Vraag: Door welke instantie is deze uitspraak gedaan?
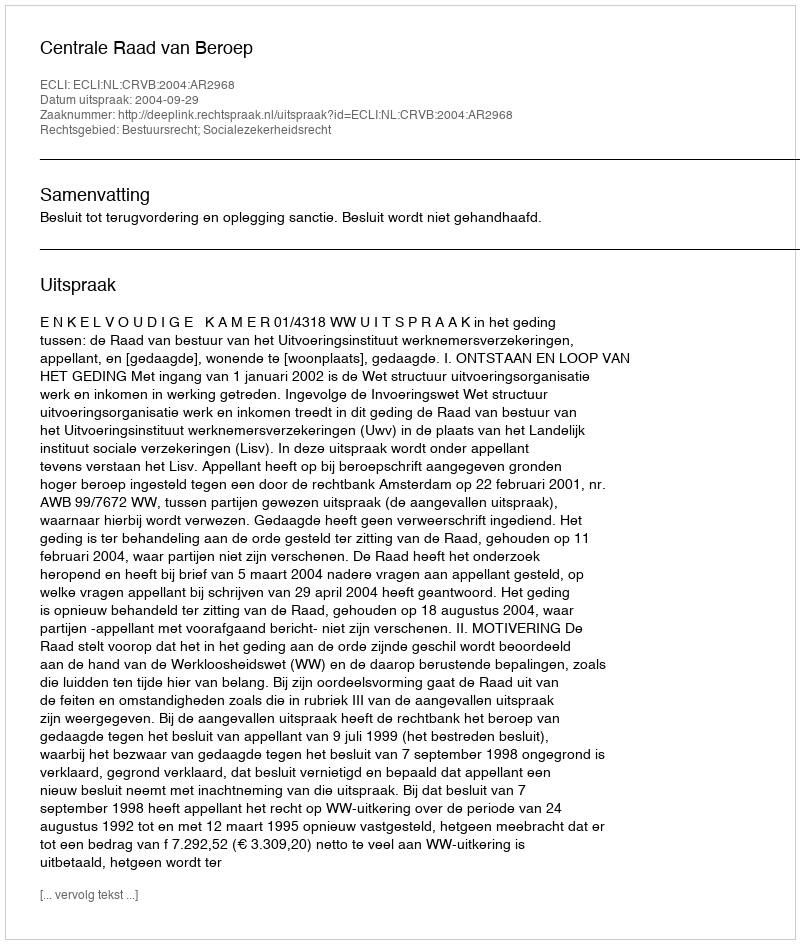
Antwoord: Centrale Raad van Beroep